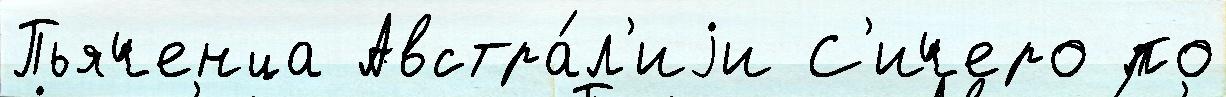
Пьяченца Австра́л'иjи С'ичеро по